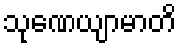
သုဏေယျာမာတိ